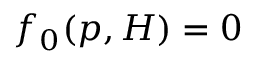
f _ { 0 } ( p , H ) = 0